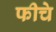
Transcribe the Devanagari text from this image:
फीचे